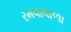
રમવાવાળા